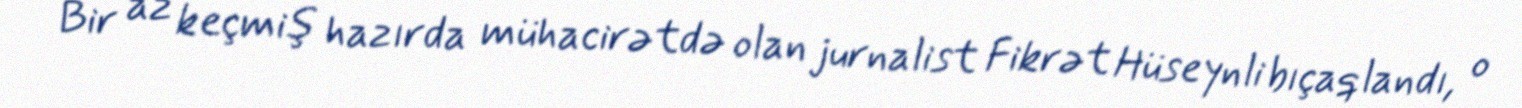
Bir az keçmiş hazırda mühacirətdə olan jurnalist Fikrət Hüseynli bıçaqlandı, o